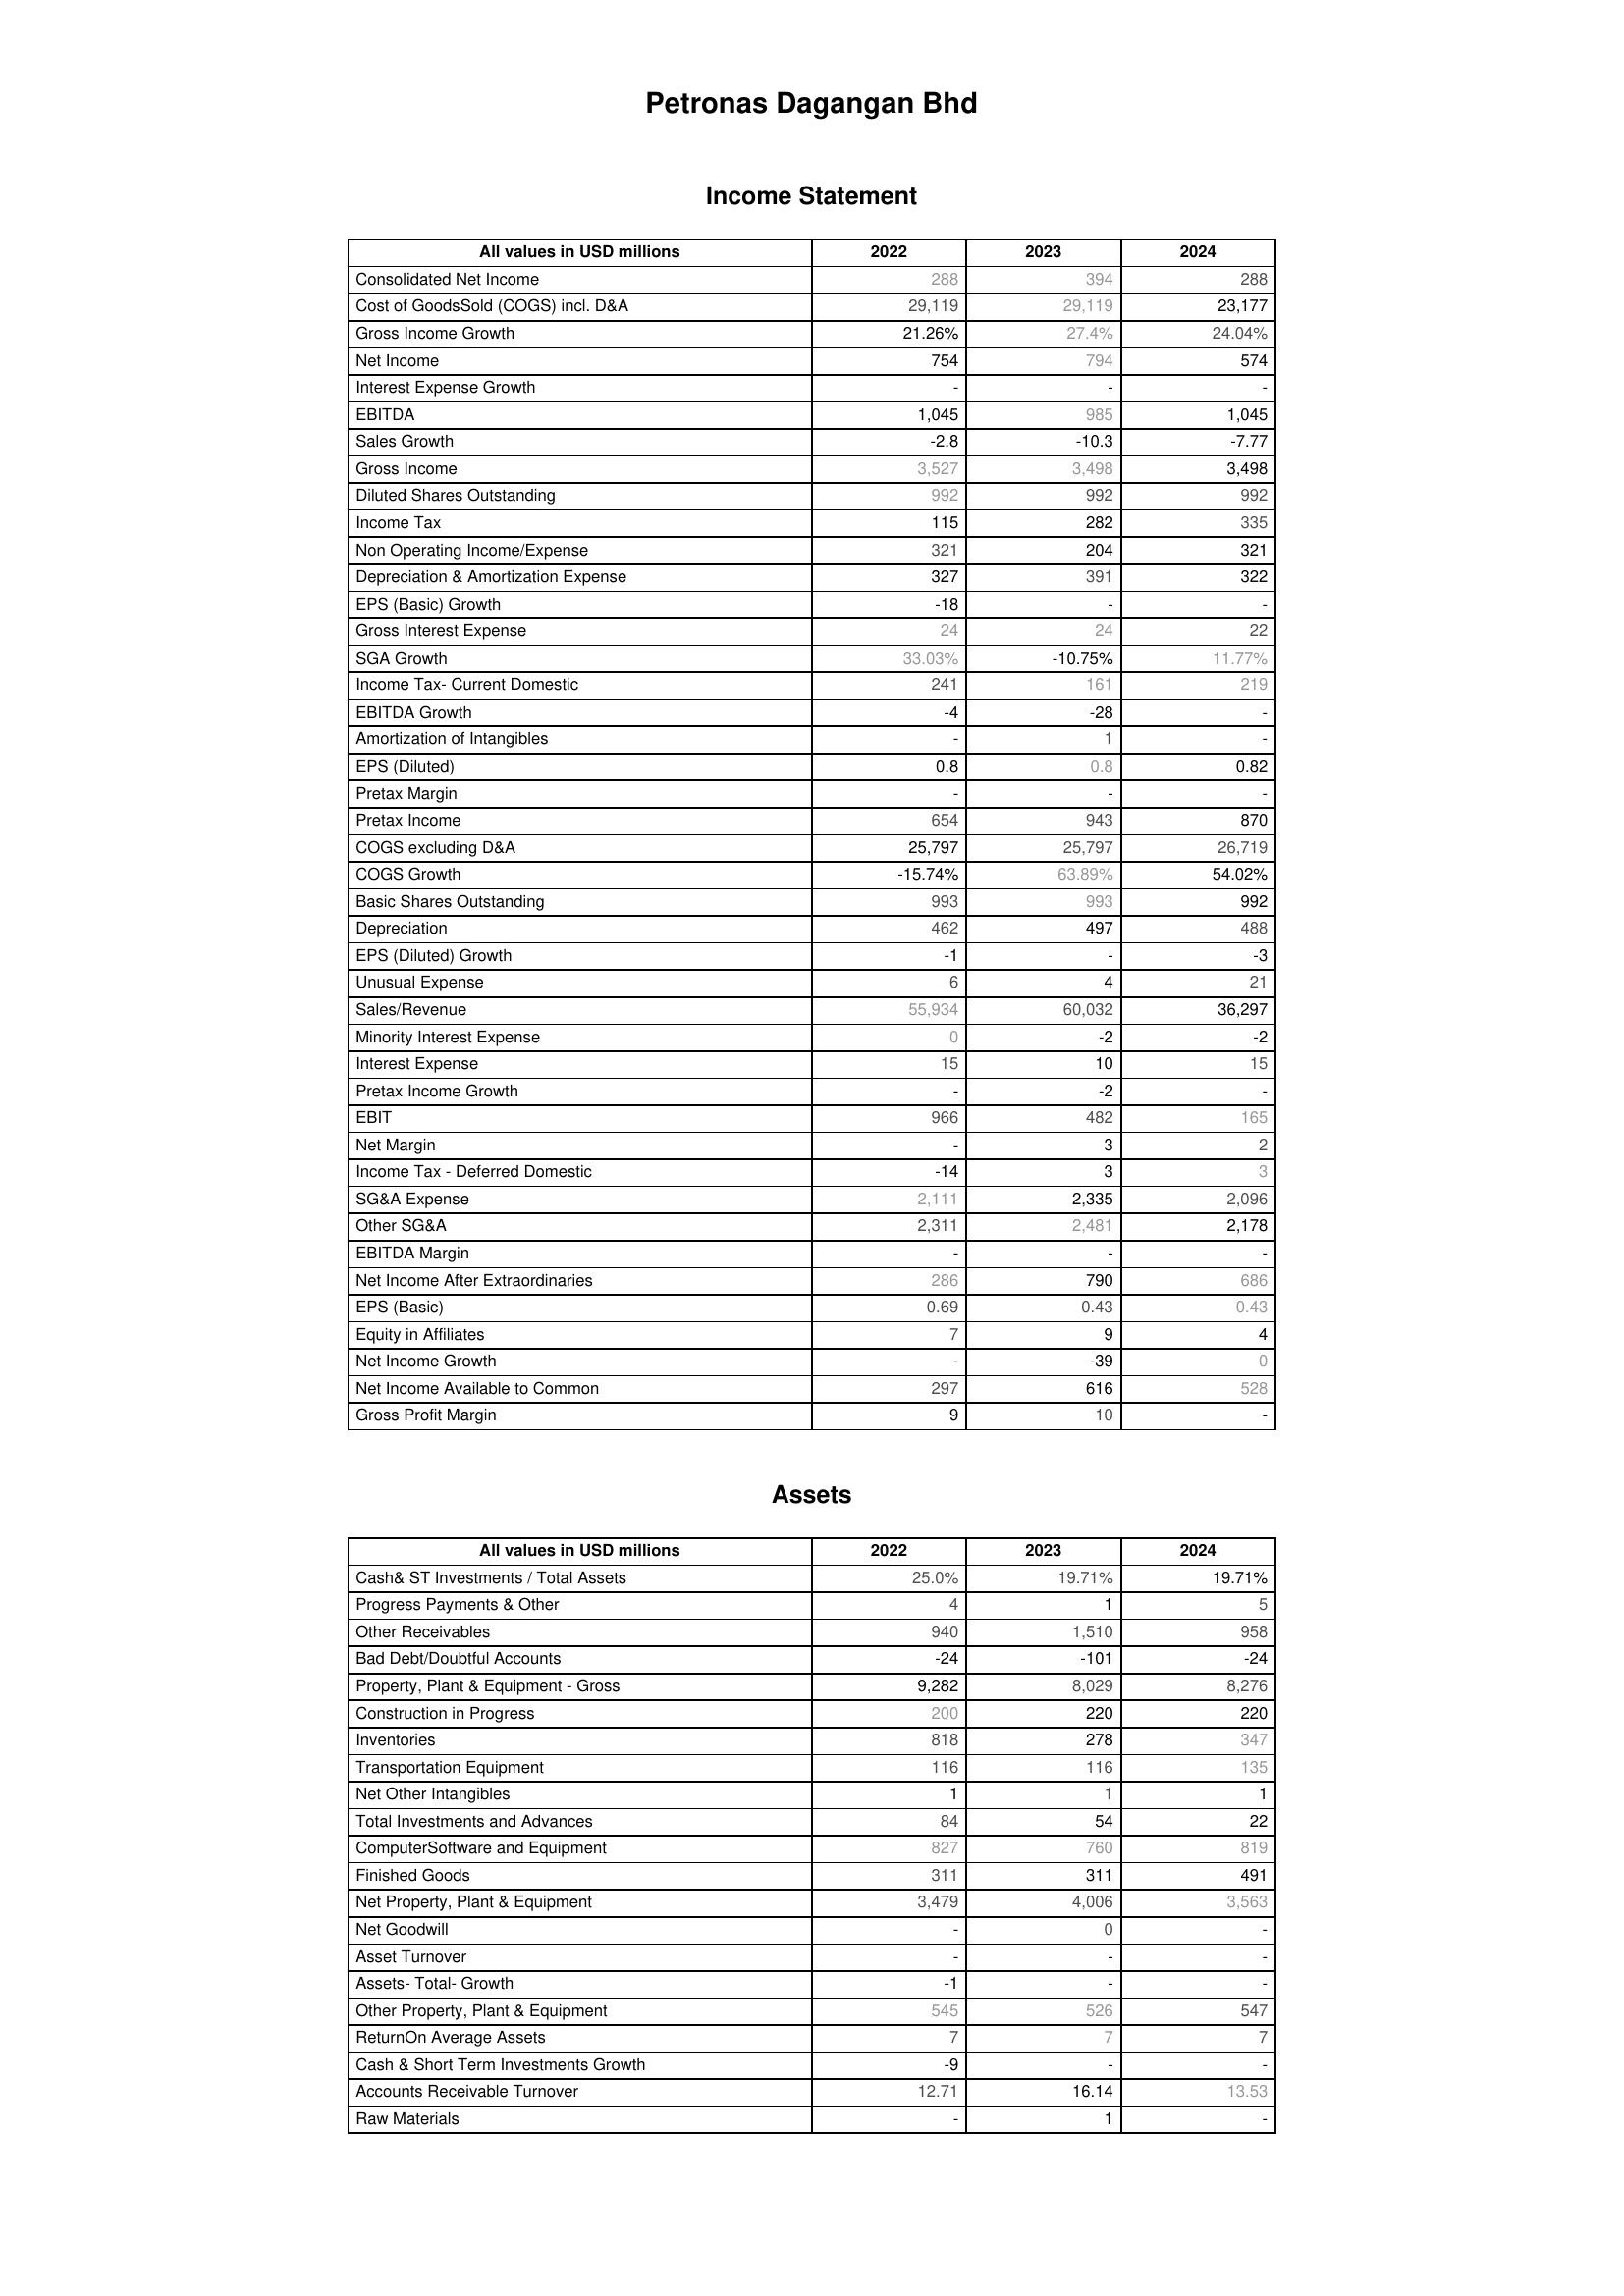
2022: Income Statement: Consolidated Net Income: 288
Cost of GoodsSold (COGS) incl. D&A: 29,119
Gross Income Growth: 21.26%
Net Income: 754
Interest Expense Growth: -
EBITDA: 1,045
Sales Growth: -2.8
Gross Income: 3,527
Diluted Shares Outstanding: 992
Income Tax: 115
Non Operating Income/Expense: 321
Depreciation & Amortization Expense: 327
EPS (Basic) Growth: -18
Gross Interest Expense: 24
SGA Growth: 33.03%
Income Tax- Current Domestic: 241
EBITDA Growth: -4
Amortization of Intangibles: -
EPS (Diluted): 0.8
Pretax Margin: -
Pretax Income: 654
COGS excluding D&A: 25,797
COGS Growth: -15.74%
Basic Shares Outstanding: 993
Depreciation: 462
EPS (Diluted) Growth: -1
Unusual Expense: 6
Sales/Revenue: 55,934
Minority Interest Expense: 0
Interest Expense: 15
Pretax Income Growth: -
EBIT: 966
Net Margin: -
Income Tax - Deferred Domestic: -14
SG&A Expense: 2,111
Other SG&A: 2,311
EBITDA Margin: -
Net Income After Extraordinaries: 286
EPS (Basic): 0.69
Equity in Affiliates: 7
Net Income Growth: -
Net Income Available to Common: 297
Gross Profit Margin: 9
Assets: Cash& ST Investments / Total Assets: 25.0%
Progress Payments & Other: 4
Other Receivables: 940
Bad Debt/Doubtful Accounts: -24
Property, Plant & Equipment - Gross : 9,282
Construction in Progress: 200
Inventories: 818
Transportation Equipment: 116
Net Other Intangibles: 1
Total Investments and Advances: 84
ComputerSoftware and Equipment: 827
Finished Goods: 311
Net Property, Plant & Equipment: 3,479
Net Goodwill: -
Asset Turnover: -
Assets- Total- Growth: -1
Other Property, Plant & Equipment: 545
ReturnOn Average Assets: 7
Cash & Short Term Investments Growth: -9
Accounts Receivable Turnover: 12.71
Raw Materials: -
2023: Income Statement: Consolidated Net Income: 394
Cost of GoodsSold (COGS) incl. D&A: 29,119
Gross Income Growth: 27.4%
Net Income: 794
Interest Expense Growth: -
EBITDA: 985
Sales Growth: -10.3
Gross Income: 3,498
Diluted Shares Outstanding: 992
Income Tax: 282
Non Operating Income/Expense: 204
Depreciation & Amortization Expense: 391
EPS (Basic) Growth: -
Gross Interest Expense: 24
SGA Growth: -10.75%
Income Tax- Current Domestic: 161
EBITDA Growth: -28
Amortization of Intangibles: 1
EPS (Diluted): 0.8
Pretax Margin: -
Pretax Income: 943
COGS excluding D&A: 25,797
COGS Growth: 63.89%
Basic Shares Outstanding: 993
Depreciation: 497
EPS (Diluted) Growth: -
Unusual Expense: 4
Sales/Revenue: 60,032
Minority Interest Expense: -2
Interest Expense: 10
Pretax Income Growth: -2
EBIT: 482
Net Margin: 3
Income Tax - Deferred Domestic: 3
SG&A Expense: 2,335
Other SG&A: 2,481
EBITDA Margin: -
Net Income After Extraordinaries: 790
EPS (Basic): 0.43
Equity in Affiliates: 9
Net Income Growth: -39
Net Income Available to Common: 616
Gross Profit Margin: 10
Assets: Cash& ST Investments / Total Assets: 19.71%
Progress Payments & Other: 1
Other Receivables: 1,510
Bad Debt/Doubtful Accounts: -101
Property, Plant & Equipment - Gross : 8,029
Construction in Progress: 220
Inventories: 278
Transportation Equipment: 116
Net Other Intangibles: 1
Total Investments and Advances: 54
ComputerSoftware and Equipment: 760
Finished Goods: 311
Net Property, Plant & Equipment: 4,006
Net Goodwill: 0
Asset Turnover: -
Assets- Total- Growth: -
Other Property, Plant & Equipment: 526
ReturnOn Average Assets: 7
Cash & Short Term Investments Growth: -
Accounts Receivable Turnover: 16.14
Raw Materials: 1
2024: Income Statement: Consolidated Net Income: 288
Cost of GoodsSold (COGS) incl. D&A: 23,177
Gross Income Growth: 24.04%
Net Income: 574
Interest Expense Growth: -
EBITDA: 1,045
Sales Growth: -7.77
Gross Income: 3,498
Diluted Shares Outstanding: 992
Income Tax: 335
Non Operating Income/Expense: 321
Depreciation & Amortization Expense: 322
EPS (Basic) Growth: -
Gross Interest Expense: 22
SGA Growth: 11.77%
Income Tax- Current Domestic: 219
EBITDA Growth: -
Amortization of Intangibles: -
EPS (Diluted): 0.82
Pretax Margin: -
Pretax Income: 870
COGS excluding D&A: 26,719
COGS Growth: 54.02%
Basic Shares Outstanding: 992
Depreciation: 488
EPS (Diluted) Growth: -3
Unusual Expense: 21
Sales/Revenue: 36,297
Minority Interest Expense: -2
Interest Expense: 15
Pretax Income Growth: -
EBIT: 165
Net Margin: 2
Income Tax - Deferred Domestic: 3
SG&A Expense: 2,096
Other SG&A: 2,178
EBITDA Margin: -
Net Income After Extraordinaries: 686
EPS (Basic): 0.43
Equity in Affiliates: 4
Net Income Growth: 0
Net Income Available to Common: 528
Gross Profit Margin: -
Assets: Cash& ST Investments / Total Assets: 19.71%
Progress Payments & Other: 5
Other Receivables: 958
Bad Debt/Doubtful Accounts: -24
Property, Plant & Equipment - Gross : 8,276
Construction in Progress: 220
Inventories: 347
Transportation Equipment: 135
Net Other Intangibles: 1
Total Investments and Advances: 22
ComputerSoftware and Equipment: 819
Finished Goods: 491
Net Property, Plant & Equipment: 3,563
Net Goodwill: -
Asset Turnover: -
Assets- Total- Growth: -
Other Property, Plant & Equipment: 547
ReturnOn Average Assets: 7
Cash & Short Term Investments Growth: -
Accounts Receivable Turnover: 13.53
Raw Materials: -